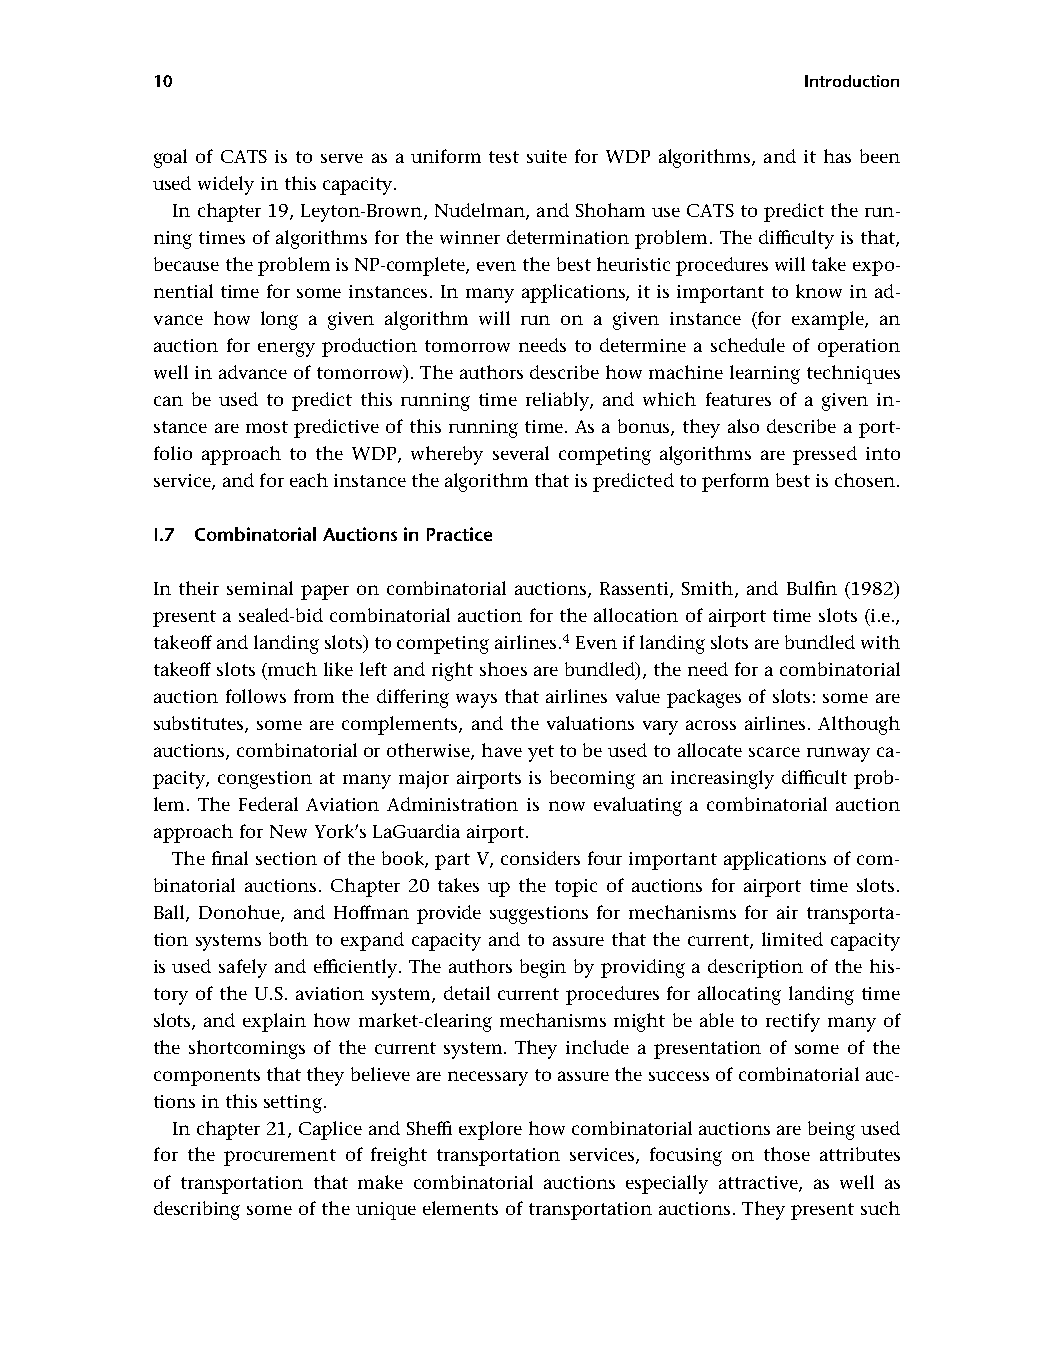
10                                         Introduction
 goal of CATS is to serve as a uniform test suite for WDP algorithms, and it has been
 usedwidelyinthiscapacity.
 Inchapter19,Leyton-Brown,Nudelman,andShohamuseCATStopredicttherun-
 ningtimesofalgorithmsforthewinnerdeterminationproblem.Thedifficultyisthat,
 becausetheproblemisNP-complete,eventhebestheuristicprocedureswilltakeexpo-
 nential time for some instances. In many applications, it is important to know in ad-
 vance how long a given algorithm will run on a given instance (for example, an
 auction for energy production tomorrow needs to determine a schedule of operation
 wellinadvanceoftomorrow).Theauthorsdescribehowmachinelearningtechniques
 can be used to predict this running time reliably, and which features of a given in-
 stance are most predictive of this running time. As a bonus, they also describe a port-
 folio approach to the WDP, whereby several competing algorithms are pressed into
 service,andforeachinstancethealgorithmthatispredictedtoperformbestischosen.
 I.7 CombinatorialAuctionsinPractice
 In their seminal paper on combinatorial auctions, Rassenti, Smith, and Bulfin (1982)
 present a sealed-bid combinatorial auction for the allocation ofairport time slots (i.e.,
 takeoffandlandingslots)tocompetingairlines.4Eveniflandingslotsarebundledwith
 takeoffslots(muchlikeleftandrightshoesarebundled),theneedforacombinatorial
 auction follows from the differing ways that airlines value packages of slots: some are
 substitutes, some are complements, and the valuations vary across airlines. Although
 auctions,combinatorialorotherwise,haveyettobeusedtoallocatescarcerunwayca-
 pacity, congestion at many major airports is becoming an increasingly difficult prob-
 lem. The Federal Aviation Administration is now evaluating a combinatorial auction
 approachforNewYork’sLaGuardiaairport.
 Thefinalsectionofthe book,partV,considersfourimportant applicationsofcom-
 binatorial auctions. Chapter 20 takes up the topic of auctions for airport time slots.
 Ball, Donohue, and Hoffman provide suggestions for mechanisms for air transporta-
 tion systems both to expand capacity and to assure that the current, limited capacity
 is used safely and efficiently. The authors begin by providing a description of the his-
 tory of the U.S. aviation system, detail current procedures for allocating landing time
 slots, and explain how market-clearing mechanisms might be able to rectify many of
 the shortcomings of the current system. They include a presentation of some of the
 componentsthattheybelievearenecessarytoassurethesuccessofcombinatorialauc-
 tionsinthissetting.
 Inchapter21,CapliceandSheffiexplorehowcombinatorialauctionsarebeingused
 for the procurement of freight transportation services, focusing on those attributes
 of transportation that make combinatorial auctions especially attractive, as well as
 describingsomeoftheuniqueelementsoftransportationauctions.Theypresentsuch